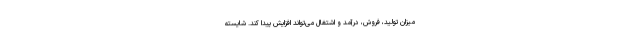
میزان تولید، فروش، درآمد و اشتغال می‌تواند افزایش پیدا کند. شایسته